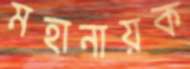
মহানায়ক